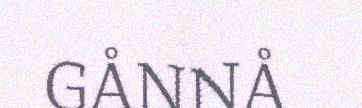
GÅNNÅ